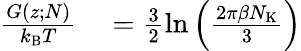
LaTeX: \begin{array}{rl}{\frac{G(z;N)}{k_{\mathrm{B}}T}}&{{}=\frac{3}{2}\ln\left(\frac{2\pi\beta N_{\mathrm{K}}}{3}\right)}\end{array}